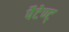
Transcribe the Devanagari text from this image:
पैटेण्ट्‍